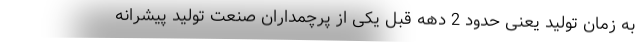
به زمان تولید یعنی حدود 2 دهه قبل یکی از پرچمداران صنعت تولید پیشرانه